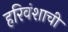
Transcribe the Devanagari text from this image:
हरिवंशाची